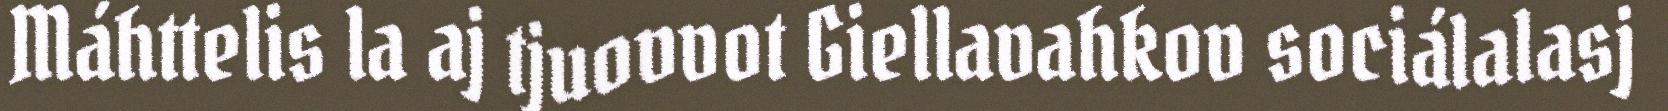
Máhttelis la aj tjuovvot Giellavahkov sociálalasj